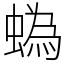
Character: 蟡